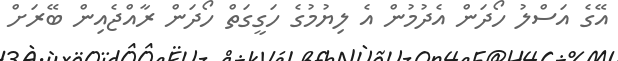
އޭގެ އަސްލު ހޯދަން އެދުމުން އެ ލިޔުމުގެ ހަގީގަތް ހޯދަން ރާއްޖެއިން ބޭރަށް